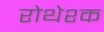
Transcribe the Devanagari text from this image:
रोथेश्क